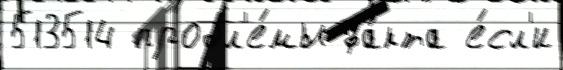
513514 пробл'е́мы фа́кта е́сл'и